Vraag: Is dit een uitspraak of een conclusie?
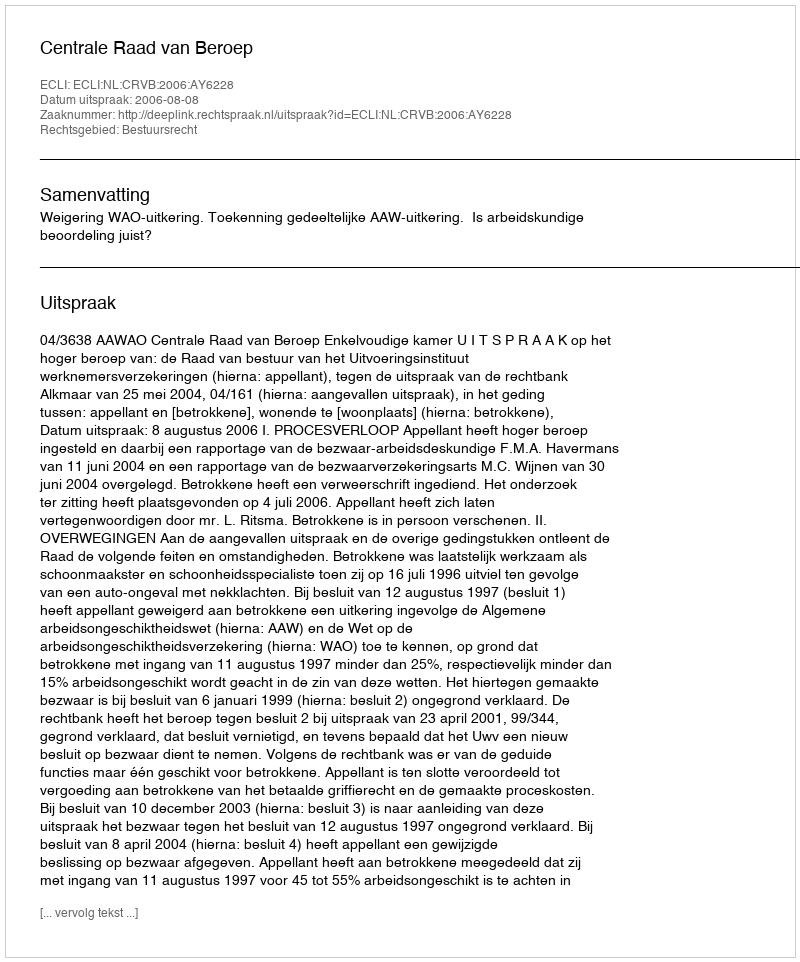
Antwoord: Uitspraak